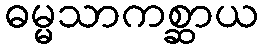
ဓမ္မသာကစ္ဆာယ